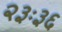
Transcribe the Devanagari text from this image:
२३ः३६